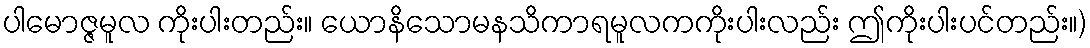
ပါမောဇ္ဇမူလ ကိုးပါးတည်း။ ယောနိသောမနသိကာရမူလကကိုးပါးလည်း ဤကိုးပါးပင်တည်း။)